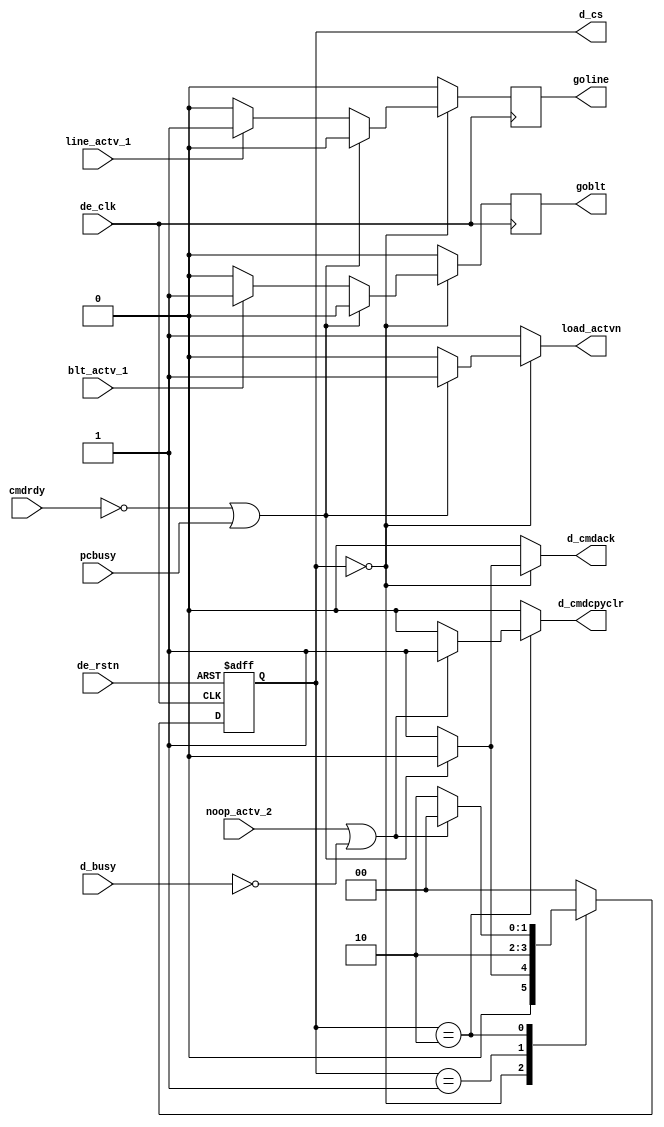
module dex_smdisp
	(
	 input		de_clk,
	 input		de_rstn,
	 input		d_busy,
	 input		cmdrdy,
	 input		pcbusy,
	 input		line_actv_1,
	 input		blt_actv_1,
	 input		noop_actv_2,
	output	reg	goline,
	output	reg	goblt,
	output	reg	d_cmdack,
	output	reg	d_cmdcpyclr,
	output	reg	load_actvn,
	 output	reg	[1:0]	d_cs
	);
parameter
	IDLE=2'b00,
	DECODE=2'b01,
	BUSY=2'b10;
reg	[1:0]	d_ns;
always @(posedge de_clk or negedge de_rstn) 
	begin
		if(!de_rstn)d_cs <= 2'b0;
		else d_cs <= d_ns;
	end
reg	igoblt;
reg	igoline;
always @(posedge de_clk) goline <= igoline;
always @(posedge de_clk) goblt <= igoblt;
always @* begin
		d_cmdack=1'b0;
		d_cmdcpyclr=1'b0;
		load_actvn=1'b1;
		igoline=1'b0;
		igoblt=1'b0;
		case(d_cs) 
			IDLE:	if(!cmdrdy || pcbusy)d_ns=IDLE;
				else begin
					load_actvn=1'b0;
					d_cmdack=1'b1;
					d_ns=DECODE;
					if(line_actv_1) igoline=1'b1;
					if(blt_actv_1)  igoblt=1'b1;
				end
			DECODE:	d_ns=BUSY;
		  BUSY:	begin
		    if((noop_actv_2) || !d_busy)
		      begin
			d_ns=IDLE;
			d_cmdcpyclr=1'b1;
		      end
		    else d_ns=BUSY;
		  end
		  default: begin
					d_ns=IDLE;
					d_cmdcpyclr=1'b0;
					load_actvn=1'b1;
					d_cmdack=1'b0;
				end
		endcase
	end
endmodule